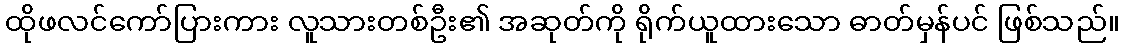
ထိုဖလင်ကော်ပြားကား လူသားတစ်ဦး၏ အဆုတ်ကို ရိုက်ယူထားသော ဓာတ်မှန်ပင် ဖြစ်သည်။